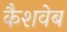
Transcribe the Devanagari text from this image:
कैशवेब